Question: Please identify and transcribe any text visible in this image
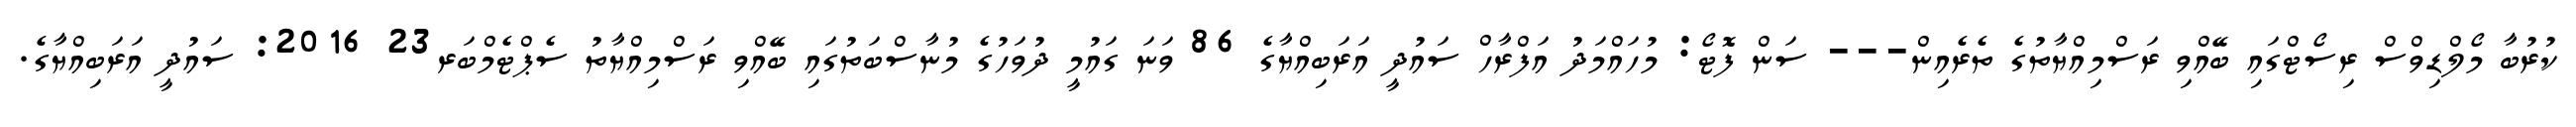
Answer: ކުރުބާ މޯލްޑިވްސް ރިސޯޓްގައި ބޭއްވި ރަސްމިއްޔާތުގެ ތެރެއިން--- ސަން ފޮޓޯ: މުހައްމަދު އަފްރާހް ސައުދީ އަރަބިއްޔާގެ 86 ވަނަ ގައުމީ ދުވަހުގެ މުނާސްބަތުގައި ބޭއްވި ރަސްމިއްޔާތު ސެޕްޓެމްބަރ23 2016: ސައުދީ އަރަބިއްޔާގެ.